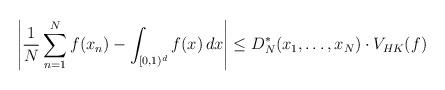
LaTeX: \begin{align*} \left|\frac{1}{N}\sum_{n=1}^Nf(x_n)-\int_{[0,1)^d}f(x)\,dx\right|\leq D_N^*(x_1,\ldots,x_N)\cdot V_{HK}(f)\end{align*}